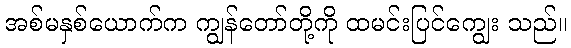
အစ်မနှစ်ယောက်က ကျွန်တော်တို့ကို ထမင်းပြင်ကျွေး သည်။